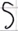
Text: S